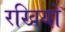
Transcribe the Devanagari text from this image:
रखियो